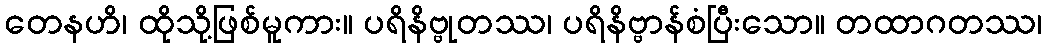
တေနဟိ၊ ထိုသို့ဖြစ်မူကား။ ပရိနိဗ္ဗုတဿ၊ ပရိနိဗ္ဗာန်စံပြီးသော။ တထာဂတဿ၊